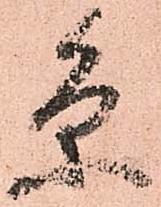
条